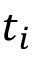
t _ { i }